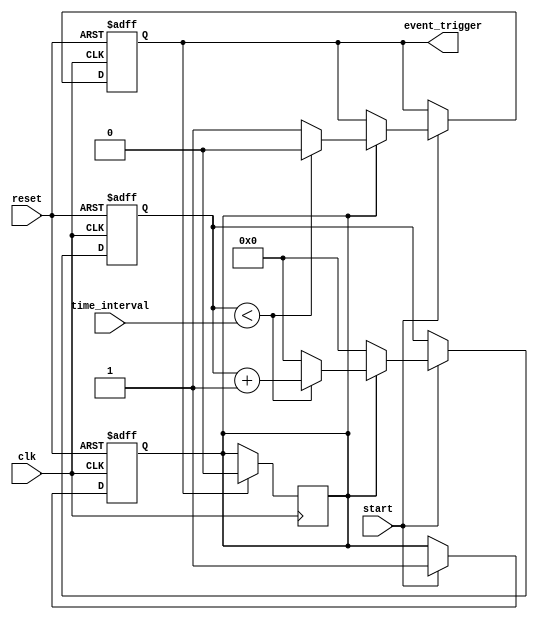
module TimerEventControl (
    input wire clk,                // Clock signal
    input wire reset,              // Asynchronous reset signal
    input wire [15:0] time_interval,// Time interval duration in clock cycles
    input wire start,              // Control signal to start the timer
    output reg event_trigger        // Event trigger output
);

    reg [15:0] counter;            // Internal counter to track elapsed time
    reg counting;                  // State variable to indicate if counting is active

    // Always block to handle clock and reset events
    always @(posedge clk or posedge reset) begin
        if (reset) begin
            // Reset behavior
            counter <= 16'b0;
            event_trigger <= 1'b0;
            counting <= 1'b0;
        end else begin
            if (start) begin
                if (counting) begin
                    // Increment the counter while counting
                    if (counter < time_interval) begin
                        counter <= counter + 1'b1;
                        event_trigger <= 1'b0; // Keep event_trigger low during counting
                    end else begin
                        // Timer reached the specified time_interval
                        event_trigger <= 1'b1; // Trigger the event
                        counter <= 16'b0;      // Reset the counter for the next event
                    end
                end else begin
                    // Start counting on the first start signal
                    counter <= 16'b0; // Initialize counter
                    counting <= 1'b1; // Set counting state
                end
            end else begin
                // If not starting, maintain current state
                // event_trigger will be low if counting has not started
            end
        end
    end

    // Reset the counting state when the event is triggered
    always @(posedge clk) begin
        if (event_trigger) begin
            counting <= 1'b0; // Reset counting state on event trigger
        end
    end

endmodule